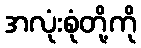
အလုံးစုံတို့ကို